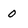
Character: 0